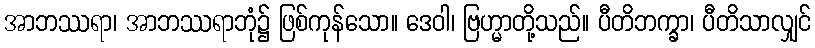
အာဘဿရာ၊ အာဘဿရာဘုံ၌ ဖြစ်ကုန်သော။ ဒေဝါ၊ ဗြဟ္မာတို့သည်။ ပီတိဘက္ခာ၊ ပီတိသာလျှင်